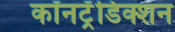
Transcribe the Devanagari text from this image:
कॉनट्रॅडिक्शन